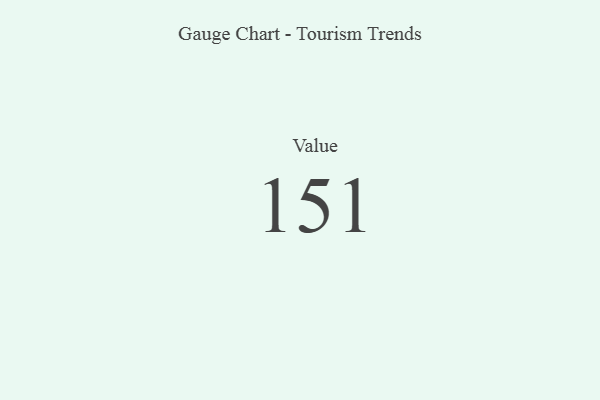
{"axis": {"x": "Metric", "y": "Value"}, "legend": [""], "data": [{"x": "Value", "y": 151, "type": ""}]}